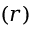
( r )